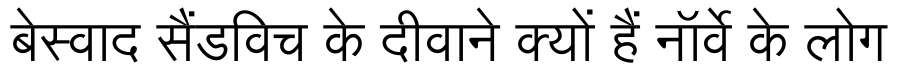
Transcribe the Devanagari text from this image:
बेस्वाद सैंडविच के दीवाने क्यों हैं नॉर्वे के लोग